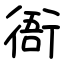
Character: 衙